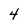
Character: 4